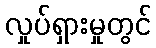
လှုပ်ရှားမှုတွင်